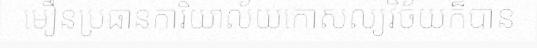
មឿនប្រធានការិយាល័យកោសល្យវិច័យក៏បាន